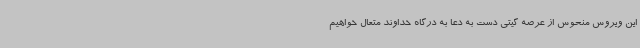
این ویروس منحوس از عرصه گیتی دست به دعا به درگاه خداوند متعال خواهیم